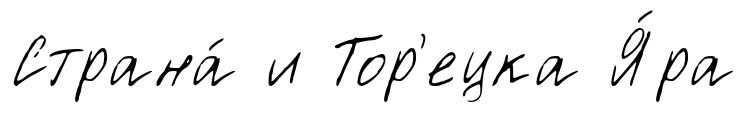
Страна́ и Тор'ецка Я́ра